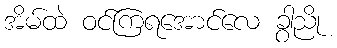
အိမ်ထဲ ဝင်ကြရအောင်လေ ခွာညို